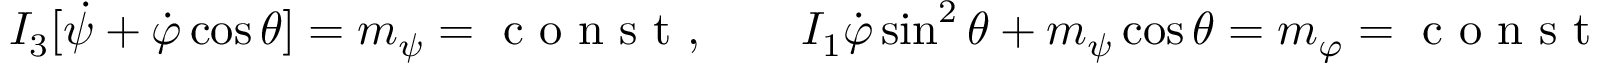
\begin{array} { r } { I _ { 3 } [ \dot { \psi } + \dot { \varphi } \cos \theta ] = m _ { \psi } = \mathrm { ~ c ~ o ~ n ~ s ~ t ~ } , \qquad I _ { 1 } \dot { \varphi } \sin ^ { 2 } \theta + m _ { \psi } \cos \theta = m _ { \varphi } = \mathrm { ~ c ~ o ~ n ~ s ~ t ~ } . } \end{array}